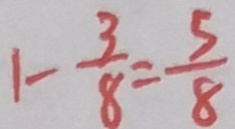
1 - \frac { 3 } { 8 } = \frac { 5 } { 8 }